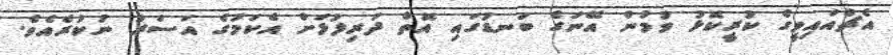
އެޗްއައިވީގެ ކުރީކޮޅު ވުމުން އޭނަގެ ބަނޑުގައި އޮތް ދަރިފުޅަށް އެކަމުގެ އަސަރު ނުކުރެއެވެ.